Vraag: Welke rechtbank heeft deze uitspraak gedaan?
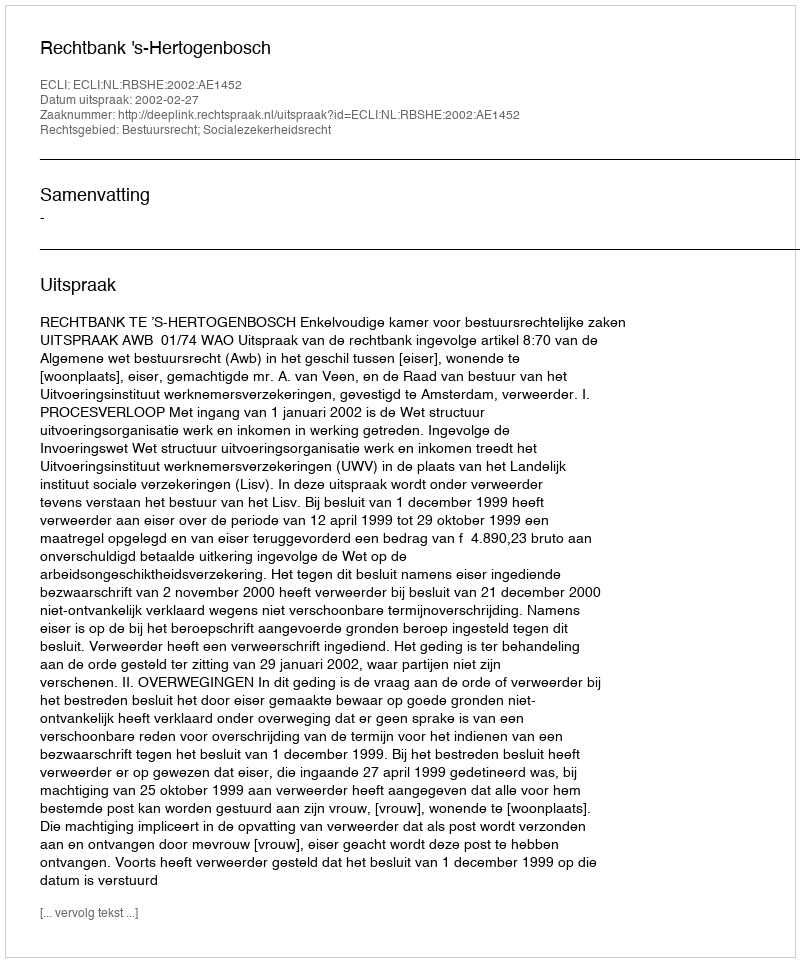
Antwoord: Rechtbank 's-Hertogenbosch